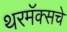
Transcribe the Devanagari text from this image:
थरमॅक्सचे